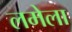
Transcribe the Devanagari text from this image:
लमेला